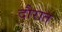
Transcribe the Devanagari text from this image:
दौरात